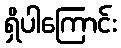
ရှိပါကြောင်း